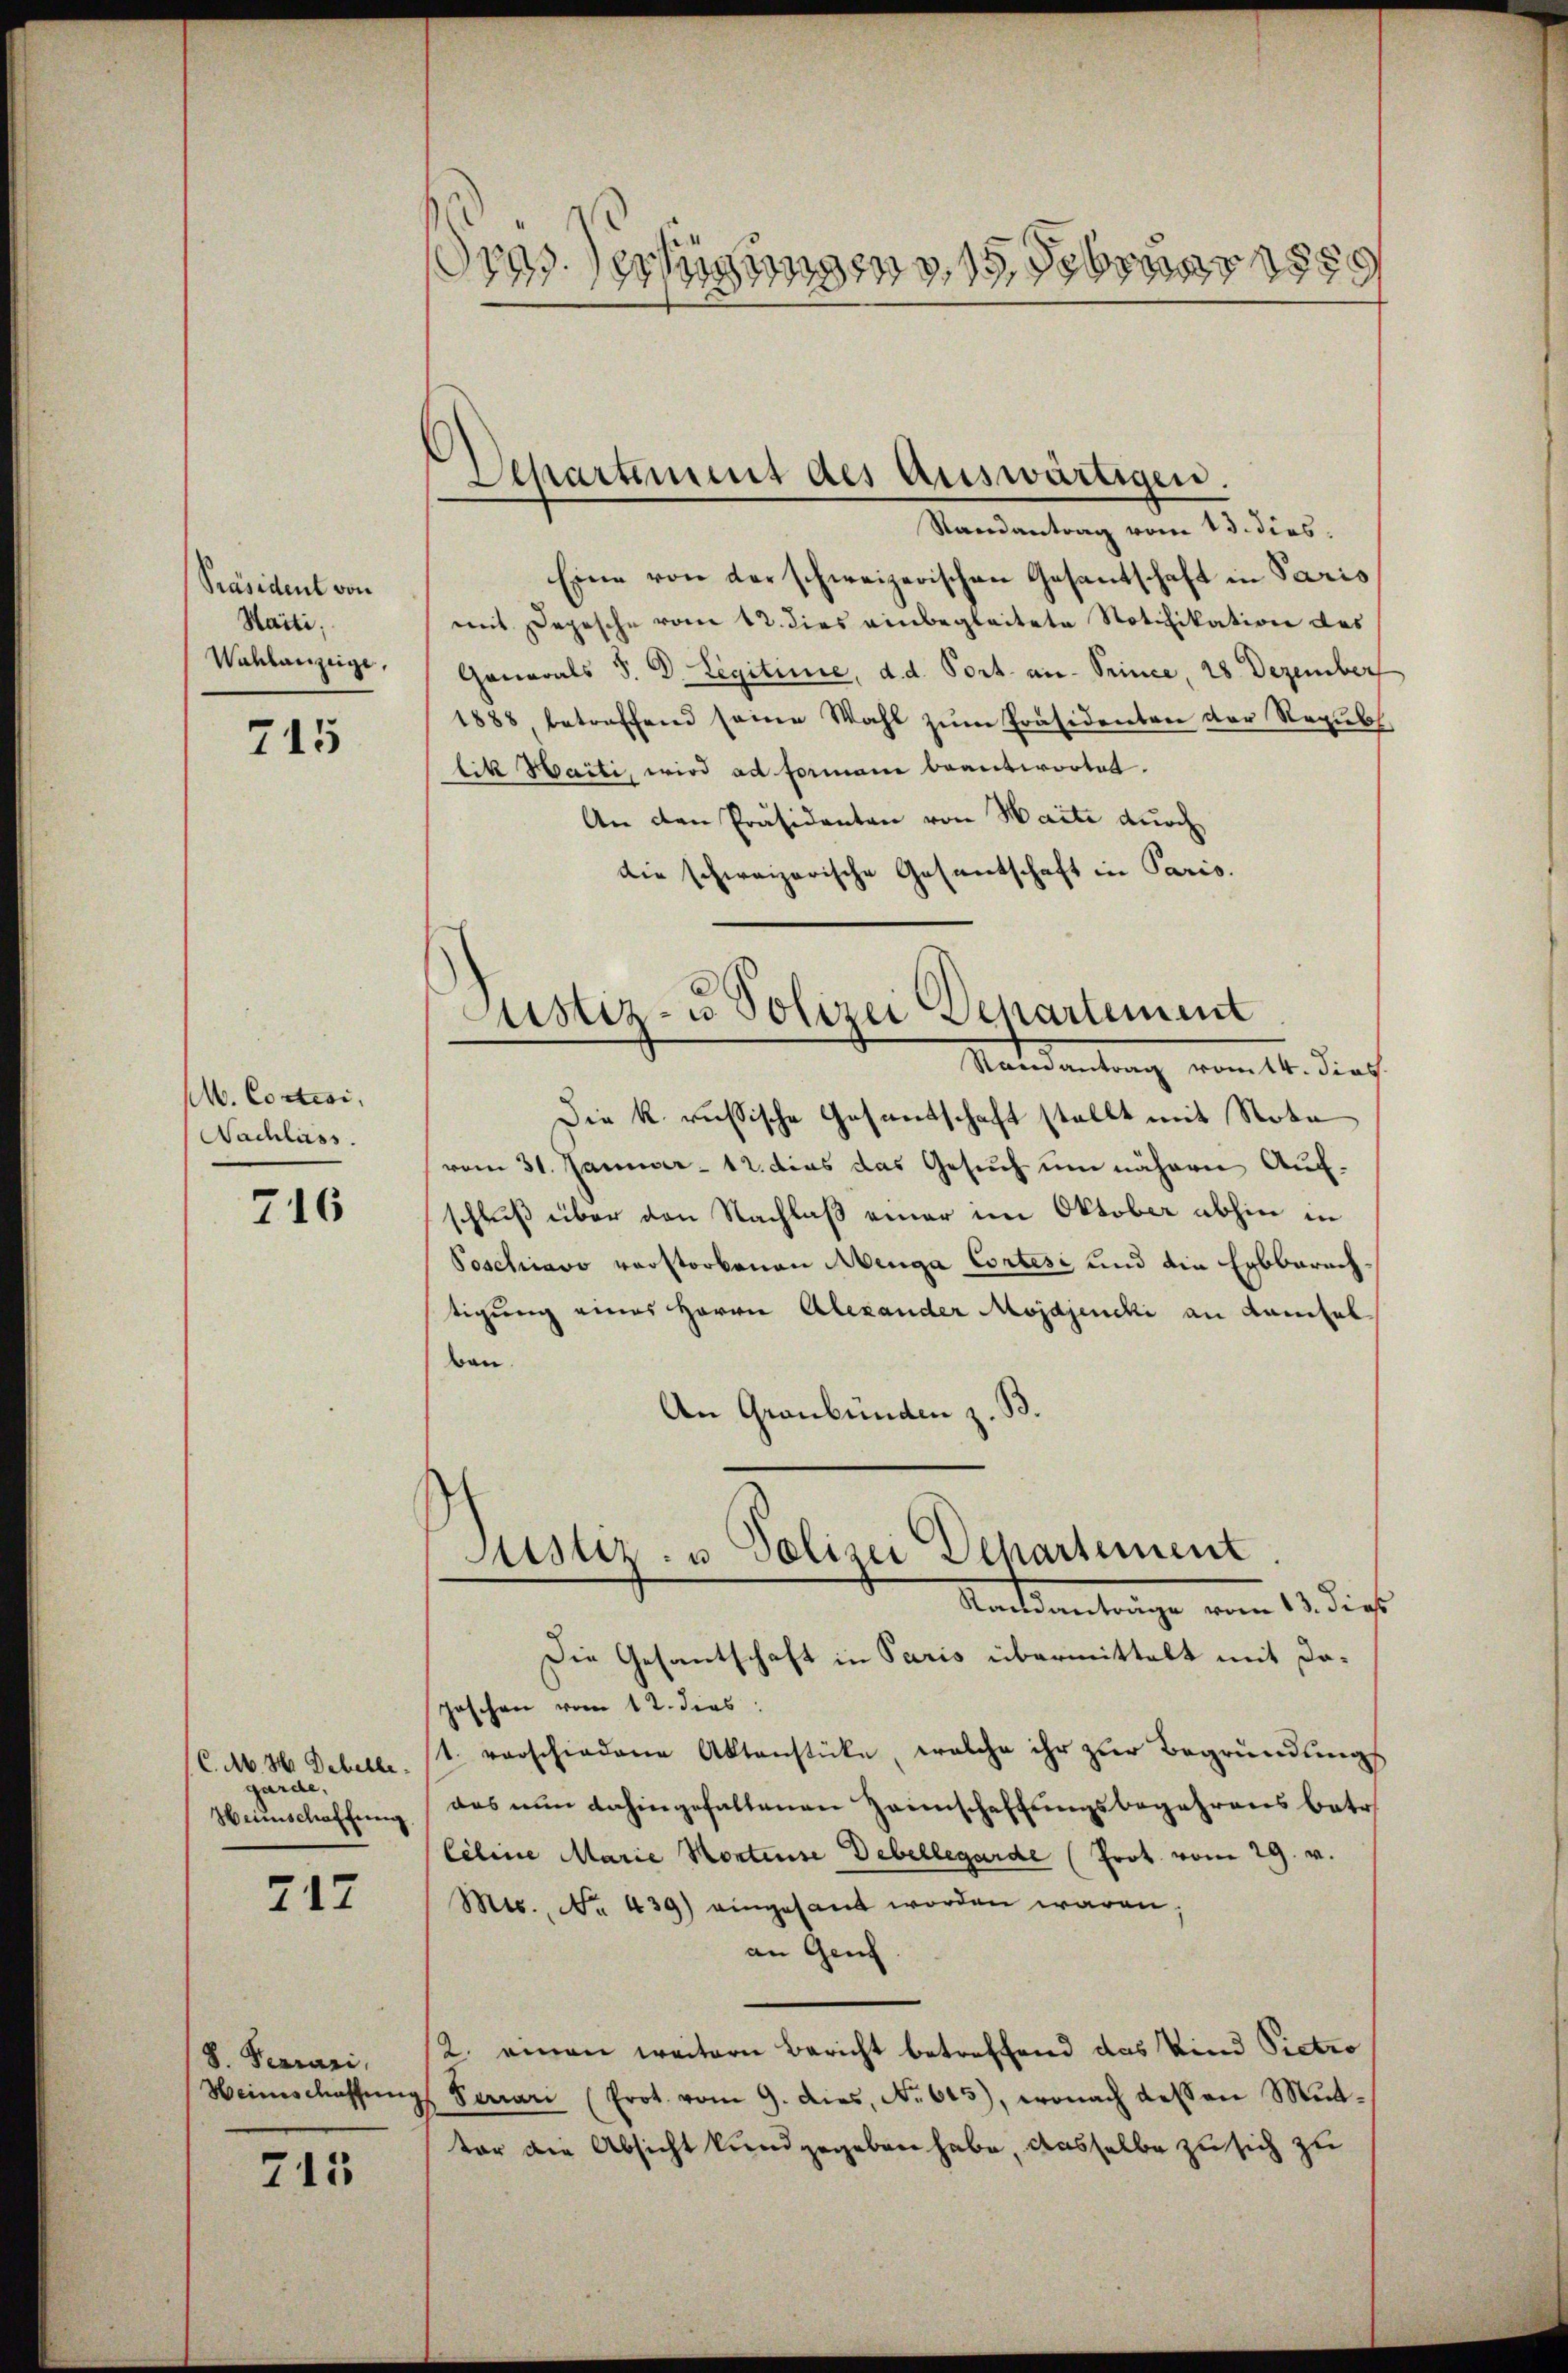
Präsident von
Haiti,
Wahlanzeige,

745

M. Cortisi,
Nachläss

716

C.M. 81. Debelle.
garde,
Heimschaffung

717

8. Ferrari
Heimschaffung

715

drassertigungen, 15 Februar 1889

Departement des Auswärtigen.

Sistiz- u Polizei Separtement

Randantrag vom 13. dies.
Eine von der schweizerischen Gesantschaft in Paris
mit Depesche vom 12. dies einbegleitete Notifikation des
Ganarals S. D. Legitime, d. d. Port an- Prince, 28 Dezember
1888 betreffend seine Wahl zŭm Präsidenten der Republ
lik Haiti, wird ad Formani beantwortet.
An den Präsidenten von Maite durch
die schweizerische Gesantschaft in Paris.
Randantrag vom 14. dies
Die k. russische Gesandtschaft stellt mit Nota
vom 31. Januar - 12. dies das Gesuch um nähern Aufschluß über den Nachlaß einer im Oktober abhin in
Poschiavo verstorbenen Menga Cortes und die Erbberechtigung eines Herrn Alexander Mojdjencki an damsel
ben.
An Graubünden z. B.
Justiz- u Polizei Departement
Randanträge vom 13. dies
Die Gesantschaft in Paris übermittelt mit daposchen vom 12. dies
st. vorschiedene Aktenstücke, welche ihr zŭr Begründungs
das nun dahingefallenen Zeinschaffungsbegehrens betr.
Celine Marie Montense Debellegarde (Prot. vom 29. v.
Mts., No. 439) eingesant worden waren;
an Gen
2. einen weitern Bericht betreffend das Vind Pietro
 Serari (Prot. vom 9. dies, No. 615), wonach dessen Mit-
ter die Absicht kundgegeben habe, dasselbe zu sich zu